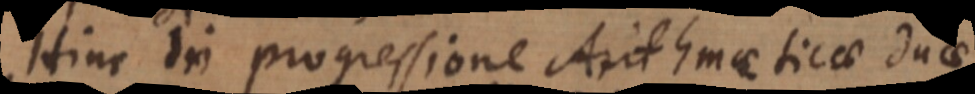
Hinc in progressione Arithmetica duae